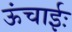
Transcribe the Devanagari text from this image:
ऊंचाईः